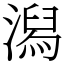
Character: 潟